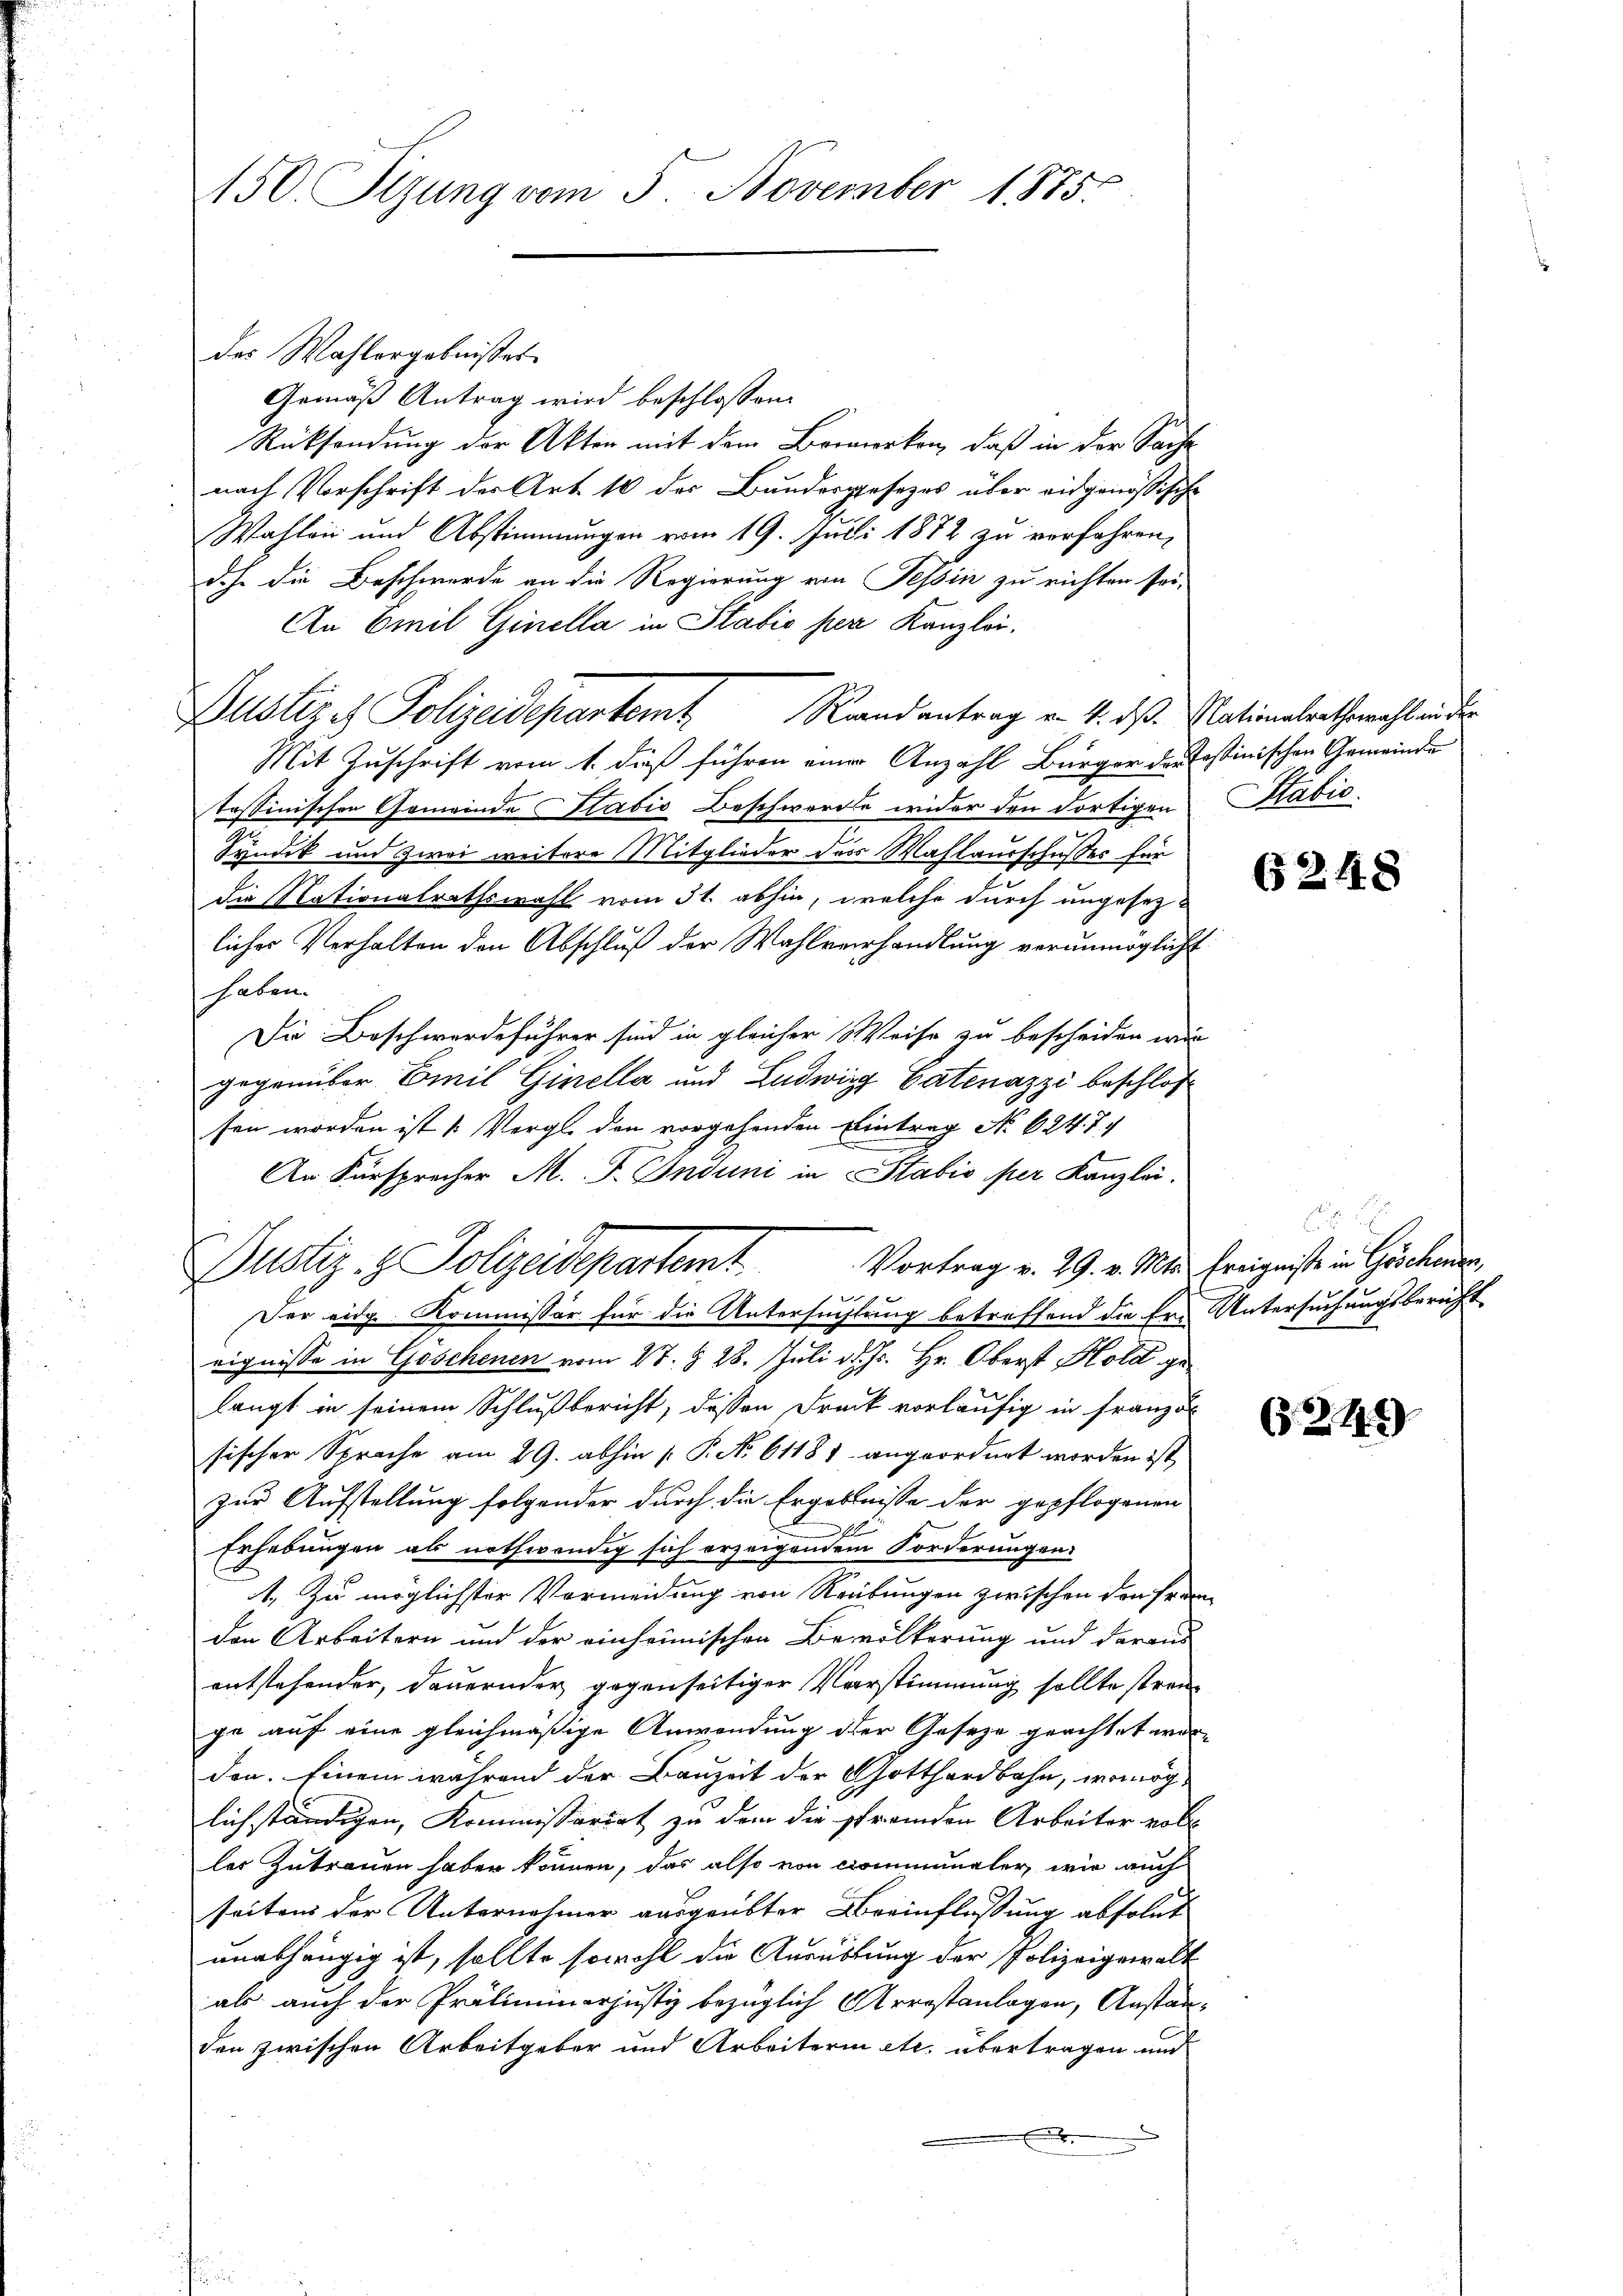
150. Itzung vom 5. November 1885.

Gemäß Antrag wird beschlossen:
Rücksendung der Akten mit dem Bormerken, daß in der Sache
nach Vorschrift der Art. 10 des Bundesgesezes über eidgenössische
Wahlen und Abstimmungen vom 19. Juli 1872 zu verfahren,
dch die Beschwerde an die Regierung von Tessin zu richten sei-
An Emil Ginella in Stadio per Kanzlei.
Mit Zuschrift vom 1. dieß führen einer Anzahl Bürger des Tessinischen Gemeinde
tessinischen Gemeinde Stabis Beschwerde wider den dortigen Sabić
Tundik und zwei weitere Mitglieder des Wahlausschusses für
die Nationalrathswahl vom 31. abhin, welche durch ungesezliches Verhalten den Abschluß der Wahlverhandlung verunmöglicht
haben.
Die Beschwerdeführer sind in gleicher Weise zu bescheiden wir
gegenüber Emil Ginella und Ludwig Catenazzi beschlos
sen worden ist (Vergl. den vorgehenden Eintrag No 624. 7
An Fürsprecher M. F. Induni in Stabio per Kanzlei.
Vortrag v. 29. v. Mts. Ereignisse in Göschenen,
Pustiz- & Polizeidepartamt
Der eidg. Kommissor für die Untersuchtung betreffend die Er- Untersuchungsbericht
eignisse in Goschenen vom 27. § 28. Juli d. Js. Hr. Oberst Hold gelangt in seinem Schlußbericht, dessen Druck vorläufig in Franz d
sischer Sprache am 29. abhin  P. No 61181. angeordnet worden ist,
zur Aufstellung folgender durch die Ergebnisse der gepflogenen
x
Erhebungen als nothwendig sich erzeigendem Forderungen:
1. Zu möglichster Vermeidung von Rrübungen zwischen den fran-
den Arbeitern und der einheimischen Bevölkerung und daraus
entstehender, dauernder gegenseitiger Verstimmung sollte streige auf eine gleichmäßige Anwendung der Geseze geachtet worden. Einem während der Bauzeit der Gotthardbahn, womöglichständigen, Kommissariat zu dem die fremden Arbeiter voll
ler Zutrauen haber können, das also von Communaler, wie auch
seitens der Unternehmer ausgeübter Beeinflassung absolut
unabhängig ist, sollte sowohl die Ausübung der Polizeigewalt
als auch der Präliminarjustiz bezüglich Arrostanlagen, Anstanden zwischen Arbeitgeber und Arbeiterin etc. übertragen und
E

des Wahlergebnisses

Justizch Polizeidepartem Randantrag v. 4. dß. Nationalrathemahlen der

6248

6249